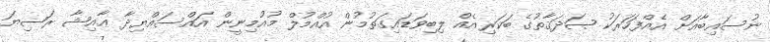
ނުސައިބާއަށް އެއްފަހަރަކު ޞަދަޤާތުގެ ބަކަރިއެއް ލިބިވަޑައިގަތުމުން އުއްމުލް މުއުމިނީން އައްސައްޔިދާ ޢާއިޝާ ރަޟިޔަ